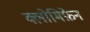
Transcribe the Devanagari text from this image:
क्लोमिफ़ेन